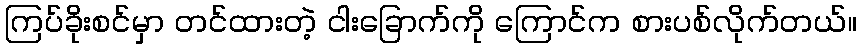
ကြပ်ခိုးစင်မှာ တင်ထားတဲ့ ငါးခြောက်ကို ကြောင်က စားပစ်လိုက်တယ်။